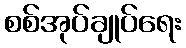
စစ်အုပ်ချုပ်ရေး